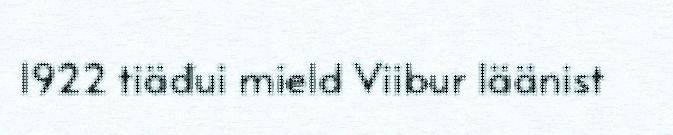
1922 tiäđui mield Viibur läänist